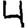
Digit: 4